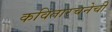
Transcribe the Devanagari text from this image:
कवितारचनेची